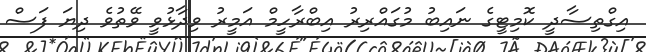
އިގްތިސާދީ ކޮމިޓީގެ ނައިބު މުގައްރިރު އިބްރާހީމް އަމީރު ވިދާޅުވީ ވޭތުވެ ދިޔަ ފަސް